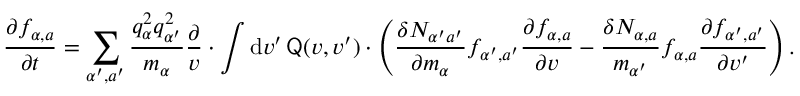
\frac { \partial f _ { \alpha , a } } { \partial t } = \sum _ { \alpha ^ { \prime } , a ^ { \prime } } \frac { q _ { \alpha } ^ { 2 } q _ { \alpha ^ { \prime } } ^ { 2 } } { m _ { \alpha } } \frac { \partial } { \v { v } } \cdot \int \mathrm { d } \boldsymbol { v } ^ { \prime } \, { \sf { Q } } ( \boldsymbol { v } , \boldsymbol { v } ^ { \prime } ) \cdot \left( \frac { \delta N _ { \alpha ^ { \prime } a ^ { \prime } } } { \partial m _ { \alpha } } f _ { \alpha ^ { \prime } , a ^ { \prime } } \frac { \partial f _ { \alpha , a } } { \partial \v { v } } - \frac { \delta N _ { \alpha , a } } { m _ { \alpha ^ { \prime } } } f _ { \alpha , a } \frac { \partial f _ { \alpha ^ { \prime } , a ^ { \prime } } } { \partial \v { v } ^ { \prime } } \right) .